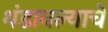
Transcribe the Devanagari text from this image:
थंडावल्याचे